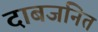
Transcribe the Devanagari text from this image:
दाबजनित